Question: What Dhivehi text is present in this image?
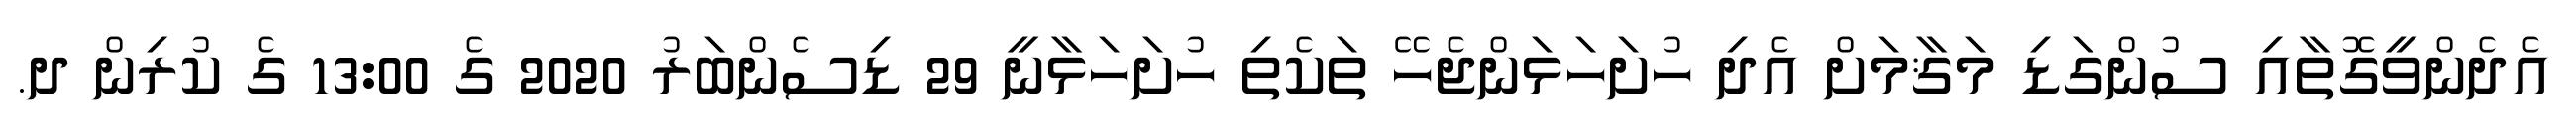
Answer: އެދެންވީގޮތާއި ސުންގަޑި މަޤާމަށް އެދި ހުށަހަޅަންޖެހޭ ތަކެތި ހުށަހަޅާނީ 29 ޑިސެންބަރު 2020 ގެ 13:00 ގެ ކުރިން ދ.